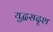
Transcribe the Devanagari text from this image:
युद्धसदृश